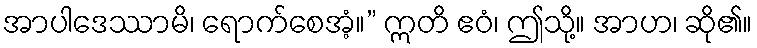
အာပါဒေဿာမိ၊ ရောက်စေအံ့။” ဣတိ ဧဝံ၊ ဤသို့။ အာဟ၊ ဆို၏။